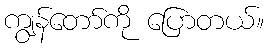
ကျွန်တော်ကို ပြောတယ်။